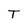
Character: T